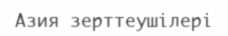
Азия зерттеушілері